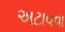
અટાવવા